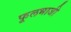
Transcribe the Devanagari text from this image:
फूलभाजी